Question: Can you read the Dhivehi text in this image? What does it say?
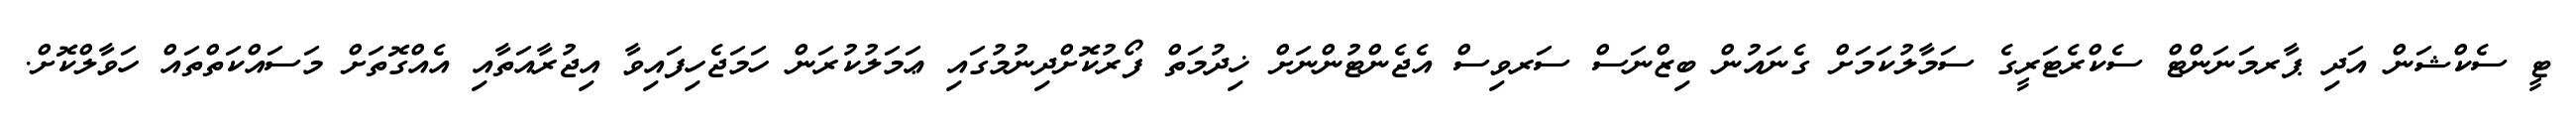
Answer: ޓީ ސެކްޝަން އަދި ޕާރމަނަންޓް ސެކްރެޓަރީގެ ސަމާލުކަމަށް ގެނައުން ބިޒްނަސް ސަރވިސް އެޖެންޓުންނަށް ޚިދުމަތް ފޯރުކޮށްދިނުމުގައި ޢަމަލުކުރަން ހަމަޖެހިފައިވާ އިޖުރާއަތާއި އެއްގޮތަށް މަސައްކަތްތައް ހަވާލްކޮށް.